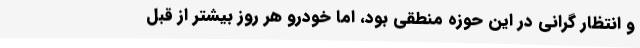
و انتظار گرانی در این حوزه منطقی بود، اما خودرو هر روز بیشتر از قبل